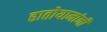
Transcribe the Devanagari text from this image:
हातोयामांनी